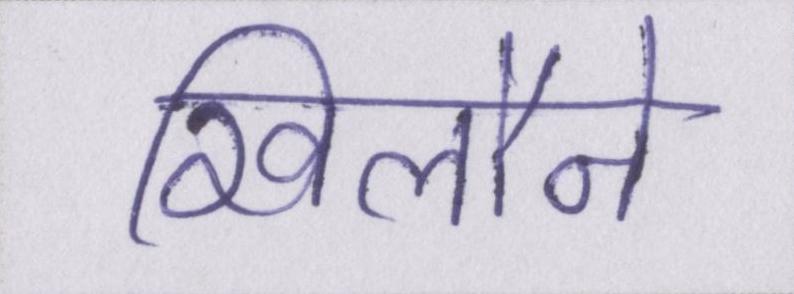
खिलौने